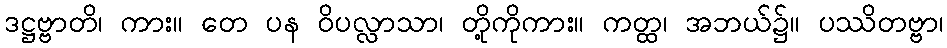
ဒဋ္ဌဗ္ဗာတိ၊ ကား။ တေ ပန ဝိပလ္လာသာ၊ တို့ကိုကား။ ကတ္ထ၊ အဘယ်၌။ ပဿိတဗ္ဗာ၊